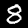
Digit: 8